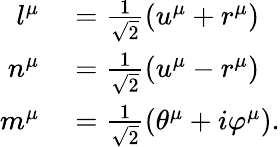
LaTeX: \begin{array}{rl}{l^{\mu}}&{{}=\frac{1}{\sqrt{2}}\left(u^{\mu}+r^{\mu}\right)}\\ {n^{\mu}}&{{}=\frac{1}{\sqrt{2}}\left(u^{\mu}-r^{\mu}\right)}\\ {m^{\mu}}&{{}=\frac{1}{\sqrt{2}}\left(\theta^{\mu}+i\varphi^{\mu}\right).}\end{array}